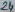
Text: 24